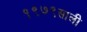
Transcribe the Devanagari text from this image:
१९७९साली